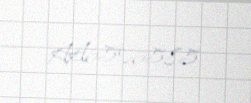
AA6506585